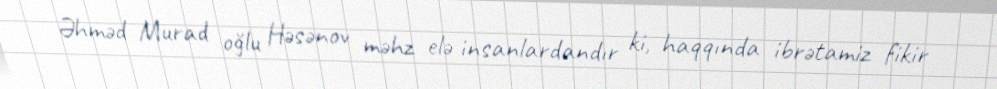
Əhməd Murad oğlu Həsənov məhz elə insanlardandır ki, haqqında ibrətamiz fikir